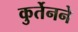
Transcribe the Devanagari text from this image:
कुर्तेनने